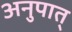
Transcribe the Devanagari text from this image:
अनुपात्